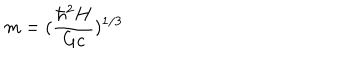
m = ( \frac { \hbar ^ { 2 } H } { G c } ) ^ { 1 / 3 }